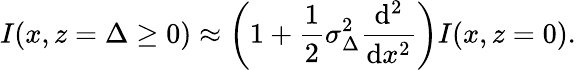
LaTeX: I(x,z=\Delta\ge 0)\approx\left(1+\frac{1}{2}\sigma_{\Delta}^{2}\frac{\mathrm{d}^{2}}{\mathrm{d}x^{2}}\right)I(x,z=0).